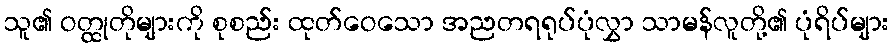
သူ၏ ဝတ္ထုတိုများကို စုစည်း ထုတ်ဝေသော အညတရရုပ်ပုံလွှာ သာမန်လူတို့၏ ပုံရိပ်များ